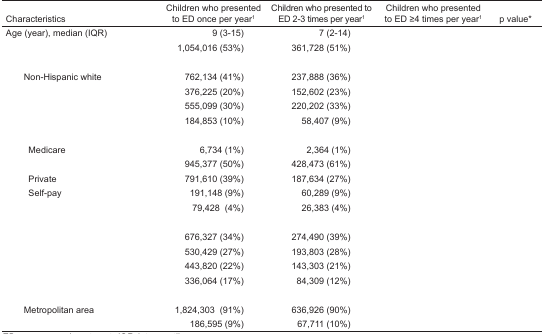
<table><thead><tr><td><b>Characteristics</b></td><td><b>Children who presented to ED once per year1</b></td><td><b>Children who presented to ED 2–3 times per year1</b></td><td><b>Children who presented to ED ≥4 times per year1</b></td><td><b>p value*</b></td></tr></thead><tbody><tr><td>Age (year), median (IQR)</td><td>9 (3–15)</td><td>7 (2–14)</td><td>[EMPTY_CELL]</td><td>[EMPTY_CELL]</td></tr><tr><td>[EMPTY_CELL]</td><td>1,054,016 (53%)</td><td>361,728 (51%)</td><td>[EMPTY_CELL]</td><td>[EMPTY_CELL]</td></tr><tr><td>[EMPTY_CELL]</td><td>[EMPTY_CELL]</td><td>[EMPTY_CELL]</td><td>[EMPTY_CELL]</td><td>[EMPTY_CELL]</td></tr><tr><td> Non-Hispanic white</td><td>762,134 (41%)</td><td>237,888 (36%)</td><td>[EMPTY_CELL]</td><td>[EMPTY_CELL]</td></tr><tr><td>[EMPTY_CELL]</td><td>376,225 (20%)</td><td>152,602 (23%)</td><td>[EMPTY_CELL]</td><td>[EMPTY_CELL]</td></tr><tr><td>[EMPTY_CELL]</td><td>555,099 (30%)</td><td>220,202 (33%)</td><td>[EMPTY_CELL]</td><td>[EMPTY_CELL]</td></tr><tr><td>[EMPTY_CELL]</td><td>184,853 (10%)</td><td>58,407 (9%)</td><td>[EMPTY_CELL]</td><td>[EMPTY_CELL]</td></tr><tr><td>[EMPTY_CELL]</td><td>[EMPTY_CELL]</td><td>[EMPTY_CELL]</td><td>[EMPTY_CELL]</td><td>[EMPTY_CELL]</td></tr><tr><td> Medicare</td><td>6,734 (1%)</td><td>2,364 (1%)</td><td>[EMPTY_CELL]</td><td>[EMPTY_CELL]</td></tr><tr><td>[EMPTY_CELL]</td><td>945,377 (50%)</td><td>428,473 (61%)</td><td>[EMPTY_CELL]</td><td>[EMPTY_CELL]</td></tr><tr><td> Private</td><td>791,610 (39%)</td><td>187,634 (27%)</td><td>[EMPTY_CELL]</td><td>[EMPTY_CELL]</td></tr><tr><td> Self-pay</td><td>191,148 (9%)</td><td>60,289 (9%)</td><td>[EMPTY_CELL]</td><td>[EMPTY_CELL]</td></tr><tr><td>[EMPTY_CELL]</td><td>79,428 (4%)</td><td>26,383 (4%)</td><td>[EMPTY_CELL]</td><td>[EMPTY_CELL]</td></tr><tr><td>[EMPTY_CELL]</td><td>[EMPTY_CELL]</td><td>[EMPTY_CELL]</td><td>[EMPTY_CELL]</td><td>[EMPTY_CELL]</td></tr><tr><td>[EMPTY_CELL]</td><td>676,327 (34%)</td><td>274,490 (39%)</td><td>[EMPTY_CELL]</td><td>[EMPTY_CELL]</td></tr><tr><td>[EMPTY_CELL]</td><td>530,429 (27%)</td><td>193,803 (28%)</td><td>[EMPTY_CELL]</td><td>[EMPTY_CELL]</td></tr><tr><td>[EMPTY_CELL]</td><td>443,820 (22%)</td><td>143,303 (21%)</td><td>[EMPTY_CELL]</td><td>[EMPTY_CELL]</td></tr><tr><td>[EMPTY_CELL]</td><td>336,064 (17%)</td><td>84,309 (12%)</td><td>[EMPTY_CELL]</td><td>[EMPTY_CELL]</td></tr><tr><td>[EMPTY_CELL]</td><td>[EMPTY_CELL]</td><td>[EMPTY_CELL]</td><td>[EMPTY_CELL]</td><td>[EMPTY_CELL]</td></tr><tr><td> Metropolitan area</td><td>1,824,303 (91%)</td><td>636,926 (90%)</td><td>[EMPTY_CELL]</td><td>[EMPTY_CELL]</td></tr><tr><td>[EMPTY_CELL]</td><td>186,595 (9%)</td><td>67,711 (10%)</td><td>[EMPTY_CELL]</td><td>[EMPTY_CELL]</td></tr></tbody></table>